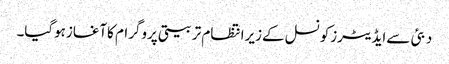
دبئی سےایڈیٹرزکونسل کےزیرانتظام تربیتی پروگرام کاآغازہوگیا۔